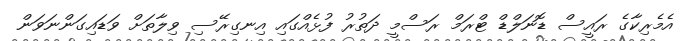
އެމެރިކާގެ ރައީސް ޑޮނަލްޑް ޓްރަމް ރަސްމީ ދަތުރު ފުޅެއްގައި އިނގިރޭސި ވިލާތަށް ވަޑައިގަންނަވަން